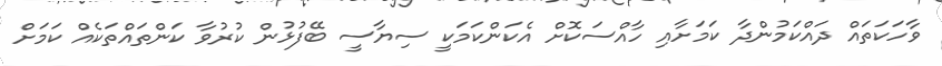
ވާހަކަތައް ދައްކަމުންދާ ކަމަށާއި ހާއްސަކޮށް އެކަންކަމަކީ ސިޔާސީ ބޭފުޅުން ކުރުވާ ކަންތައްތަކެއް ކަމަށް